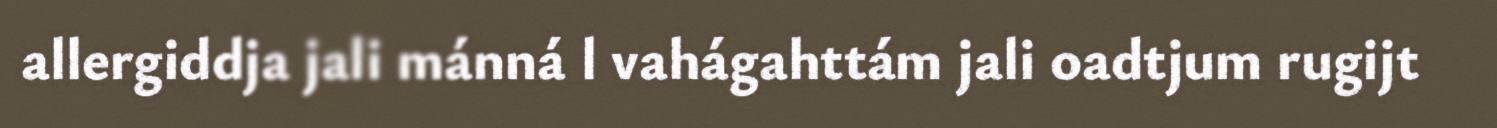
allergiddja jali mánná l vahágahttám jali oadtjum rugijt